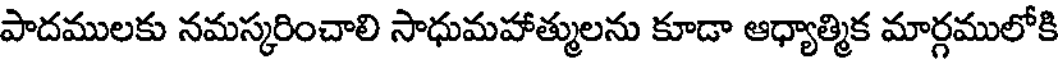
పాదములకు నమస్కరించాలి సాధుమహాత్ములను కూడా ఆధ్యాత్మిక మార్గములోకి